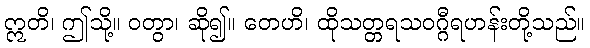
ဣတိ၊ ဤသို့။ ဝတွာ၊ ဆို၍။ တေဟိ၊ ထိုသတ္တရသဝဂ္ဂီရဟန်းတို့သည်။